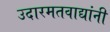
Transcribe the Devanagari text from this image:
उदारमतवाद्यांनी